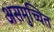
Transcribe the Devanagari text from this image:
असमुच्चित